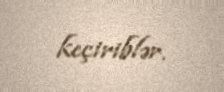
keçiriblər.